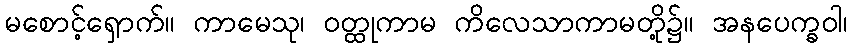
မစောင့်ရှောက်။ ကာမေသု၊ ဝတ္ထုကာမ ကိလေသာကာမတို့၌။ အနပေက္ခဝါ၊